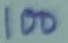
Text: 100